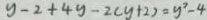
y - 2 + 4 y - 2 ( y + 2 ) = y ^ { 2 } - 4